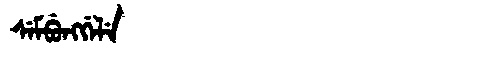
Manchu: ᠰᡝᠮᠪᡠᠩᡤᡝᠯᡝ
Romanization: SEMBUNGGELE